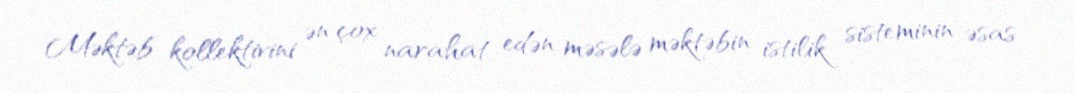
Məktəb kollektivini ən çox narahat edən məsələ məktəbin istilik sisteminin əsas